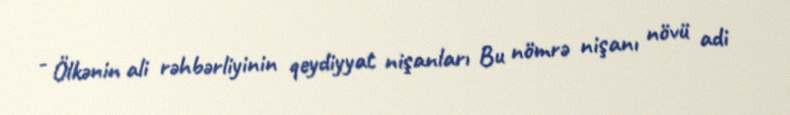
- Ölkənin ali rəhbərliyinin qeydiyyat nişanları Bu nömrə nişanı növü adi